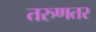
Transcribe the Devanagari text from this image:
तरुणतर